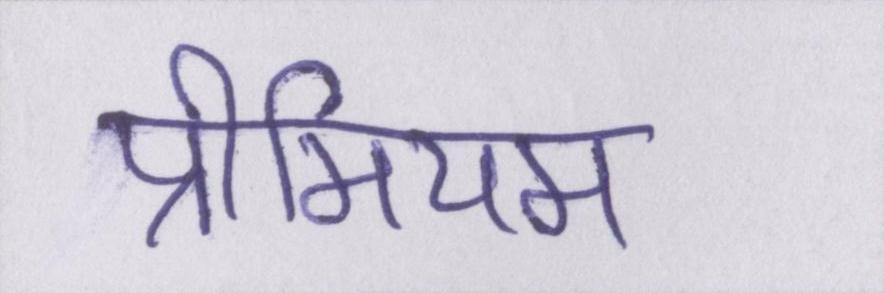
प्रीमियम